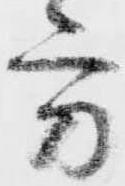
方